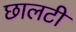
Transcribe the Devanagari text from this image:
छालटी